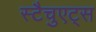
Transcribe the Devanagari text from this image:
स्टैचुएट्स